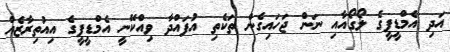
އަދި އެމްޑީޕީގެ ލޯގޯއާއި ނަން ޖަހައިގެން ތަކެތި އުފައްދާ ވިއްކޭނީ އެމްޑީޕީގެ އިއުތިރާޒެއް